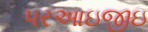
પરઆઇજીઇ